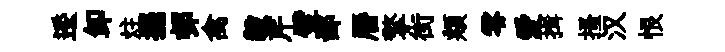
逶卸炷擺邨禽毅芹璧鄙曆擎街頫零愛揖搔汉恨